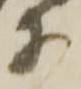
等